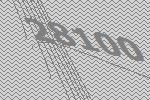
28100